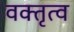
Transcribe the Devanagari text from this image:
वक्‍तृत्व